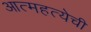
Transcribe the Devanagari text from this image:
आत्महत्येची